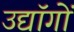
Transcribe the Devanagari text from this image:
उद्यॉगों